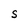
Character: S